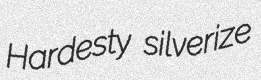
Hardesty silverize